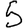
Digit: 5